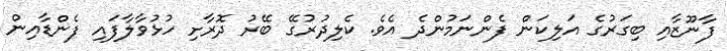
ފާނޫޒާއި ބިގަރުގެ އަލިކަން ފެންނަމުންދެ އެވެ. ކެލިދުރުގޭ ބޭރު ދޮރާށި ހުޅުވާލާފައި ފެންޑާއިން